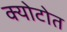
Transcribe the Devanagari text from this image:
क्योटोत